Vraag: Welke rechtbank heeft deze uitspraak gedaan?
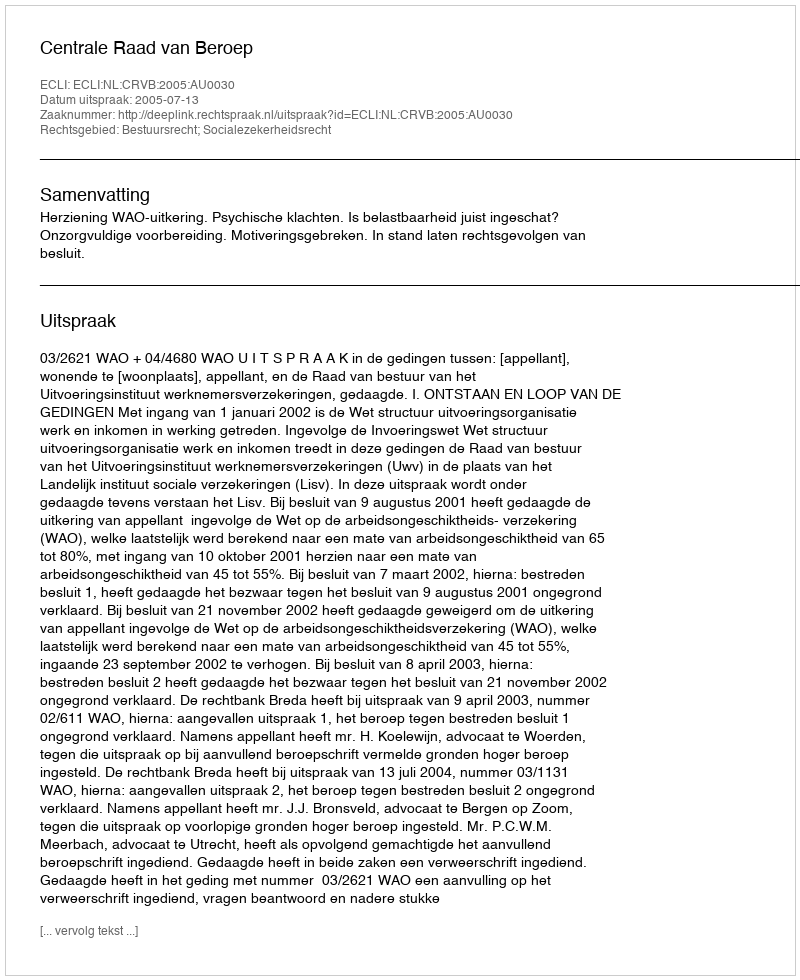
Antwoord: Centrale Raad van Beroep